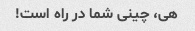
هی، چینی شما در راه است!